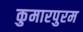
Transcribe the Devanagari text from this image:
कुमारपुरम